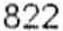
822